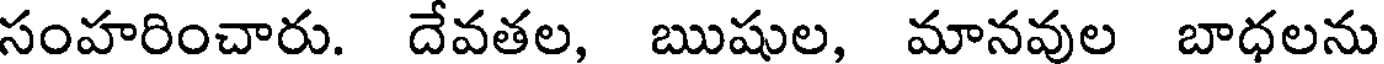
సంహరించారు. దేవతల, ఋషుల, మానవుల బాధలను